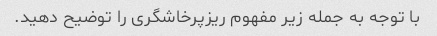
با توجه به جمله زیر مفهوم ریزپرخاشگری را توضیح دهید.